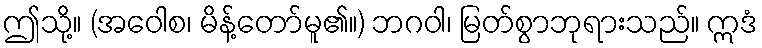
ဤသို့။ (အဝေါစ၊ မိန့်တော်မူ၏။) ဘဂဝါ၊ မြတ်စွာဘုရားသည်။ ဣဒံ